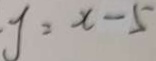
y = x - 5